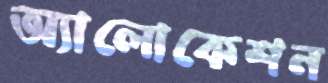
অ্যালোকেশন